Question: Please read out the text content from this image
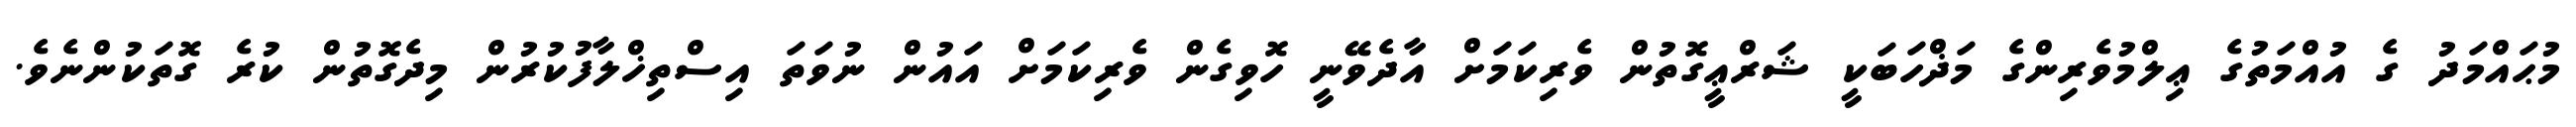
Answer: މުޙައްމަދު ގެ އުއްމަތުގެ ޢިލްމުވެރިންގެ މަޛްހަބަކީ ޝަރްޢީގޮތުން ވެރިކަމަށް އާދެވޭނީ ހޮވިގެން ވެރިކަމަށް އައުން ނުވަތަ އިސްތިޚްލާފުކުރުން މިދެގޮތުން ކުރެ ގޮތަކުންނެވެ.